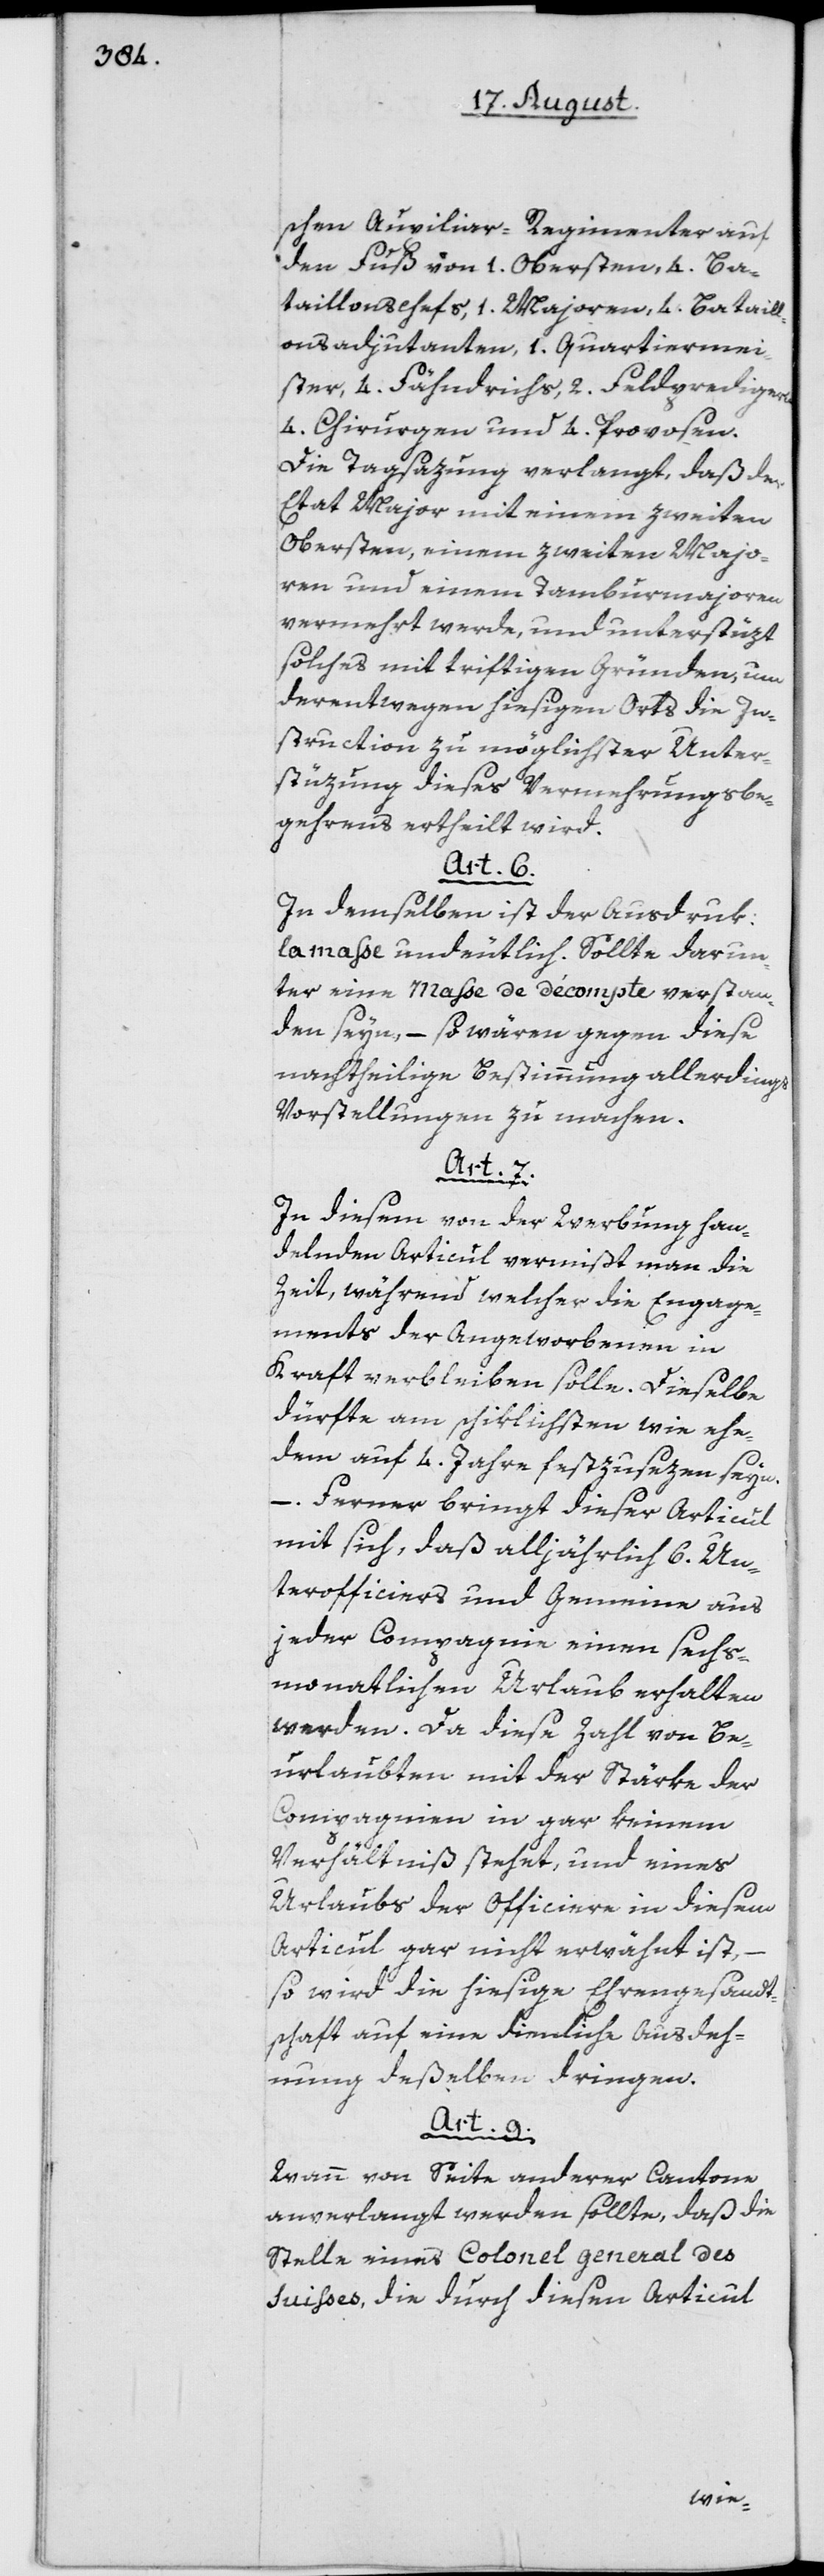
schen Auxiliair-Regimenter auf
den Fuß von 1. Obersten, 4. Ba¬
taillonschefs, 1. Majoren, 4. Bataill¬
onsadjutanten, 1. Quartiermei¬
ster, 4. Fähndrichs, 2. Feldpredigern,
4. Chirurgen und 4. Provosen.
Die Tagsazung verlangt, daß der
Etat Major mit einem zweiten
Obersten, einem zweiten Majo¬
ren und einem Tamburmajoren
vermehrt werde, und unterstüzt
solches mit triftigen Gründen, um
derentwegen hiesigen Orts die In¬
struction zu möglichster Unter¬
stüzung dieses Vermehrungsbe¬
gehrens ertheilt wird.
Art. 6.
In demselben ist der Ausdruk:
la masse undeutlich. Sollte darun¬
ter eine Masse de décompte verstan¬
den seyn, – so wären gegen diese
nachtheilige Bestimmung allerdings
Vorstellungen zu machen.
Art. 7.
In diesem von der Werbung han¬
delnden Articul vermißt man die
Zeit, während welcher die Engage¬
ments der Angeworbenen in
Kraft verbleiben solle. Dieselbe
dürfte am schiklichsten wie ehe¬
dem auf 4. Jahre festzusezen seyn.
– Ferner bringt dieser Articul
mit sich, daß alljährlich 6. Un¬
terofficiers und Gemeine aus
jeder Compagnie einen sechs¬
monatlichen Urlaub erhalten
werden. Da diese Zahl von Be¬
urlaubten mit der Stärke der
Compagnien in gar keinem
Verhältniß stehet, und eines
Urlaubs der Officiere in diesem
Articul gar nicht erwähnt ist,
so wird die hiesige Ehrengesandt¬
schaft auf eine dienliche Ausdeh¬
nung deßelben dringen.
Art. 9.
Wann von Seite anderer Cantone
anverlangt werden sollte, daß die
Stelle eines Colonel general des
Suisses, die durch diesen Articul